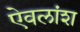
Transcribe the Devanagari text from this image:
ऐवलांश